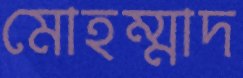
মোহম্মাদ